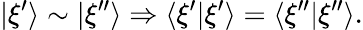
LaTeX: |\xi^{\prime}\rangle\sim|\xi^{\prime\prime}\rangle\Rightarrow\langle\xi^{\prime}|\xi^{\prime}\rangle=\langle\xi^{\prime\prime}|\xi^{\prime\prime}\rangle.